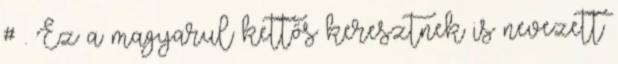
# . Ez a magyarul kettős keresztnek is nevezett